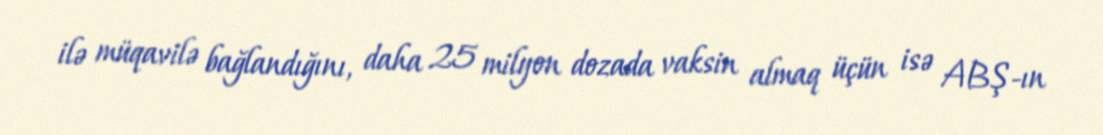
ilə müqavilə bağlandığını, daha 25 milyon dozada vaksin almaq üçün isə ABŞ-ın